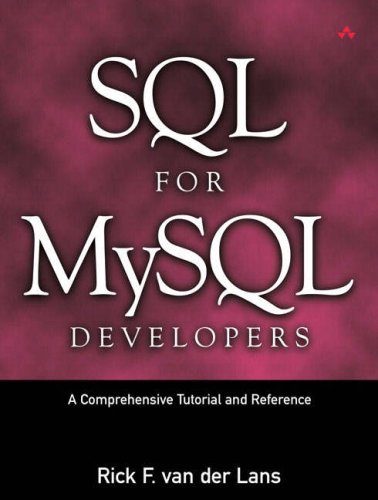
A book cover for SQL for MySQL Developers: A Comprehensive Tutorial and Reference; Rick F. van der Lans; Computers & Technology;